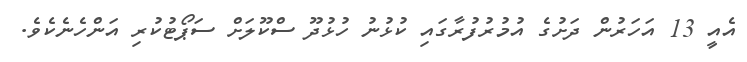
އެއީ 13 އަހަރުން ދަށުގެ އުމުރުފުރާގައި ކުޅުނު ހުޅުދޫ ސްކޫލަށް ސަޕޯޓުކުރި އަންހެނެކެވެ.